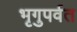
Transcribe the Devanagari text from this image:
भृगुपर्वत